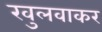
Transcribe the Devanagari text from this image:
खुलवाकर